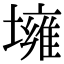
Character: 㙲